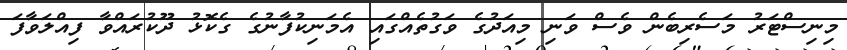
މިނިސްޓަރު މަސެރިބެން ވެސް ވަނި މިއަދުގެ ވަގުތެއްގައި އެމަނިކުފާނުގެ ގެކޮޅު ދޫކުރައްވާ ފިއްލަވާފަ